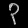
Digit: ၃